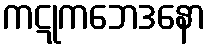
ကဋုကဘေဒနော